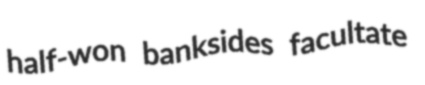
half-won banksides facultate